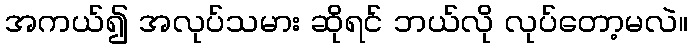
အကယ်၍ အလုပ်သမား ဆိုရင် ဘယ်လို လုပ်တော့မလဲ။